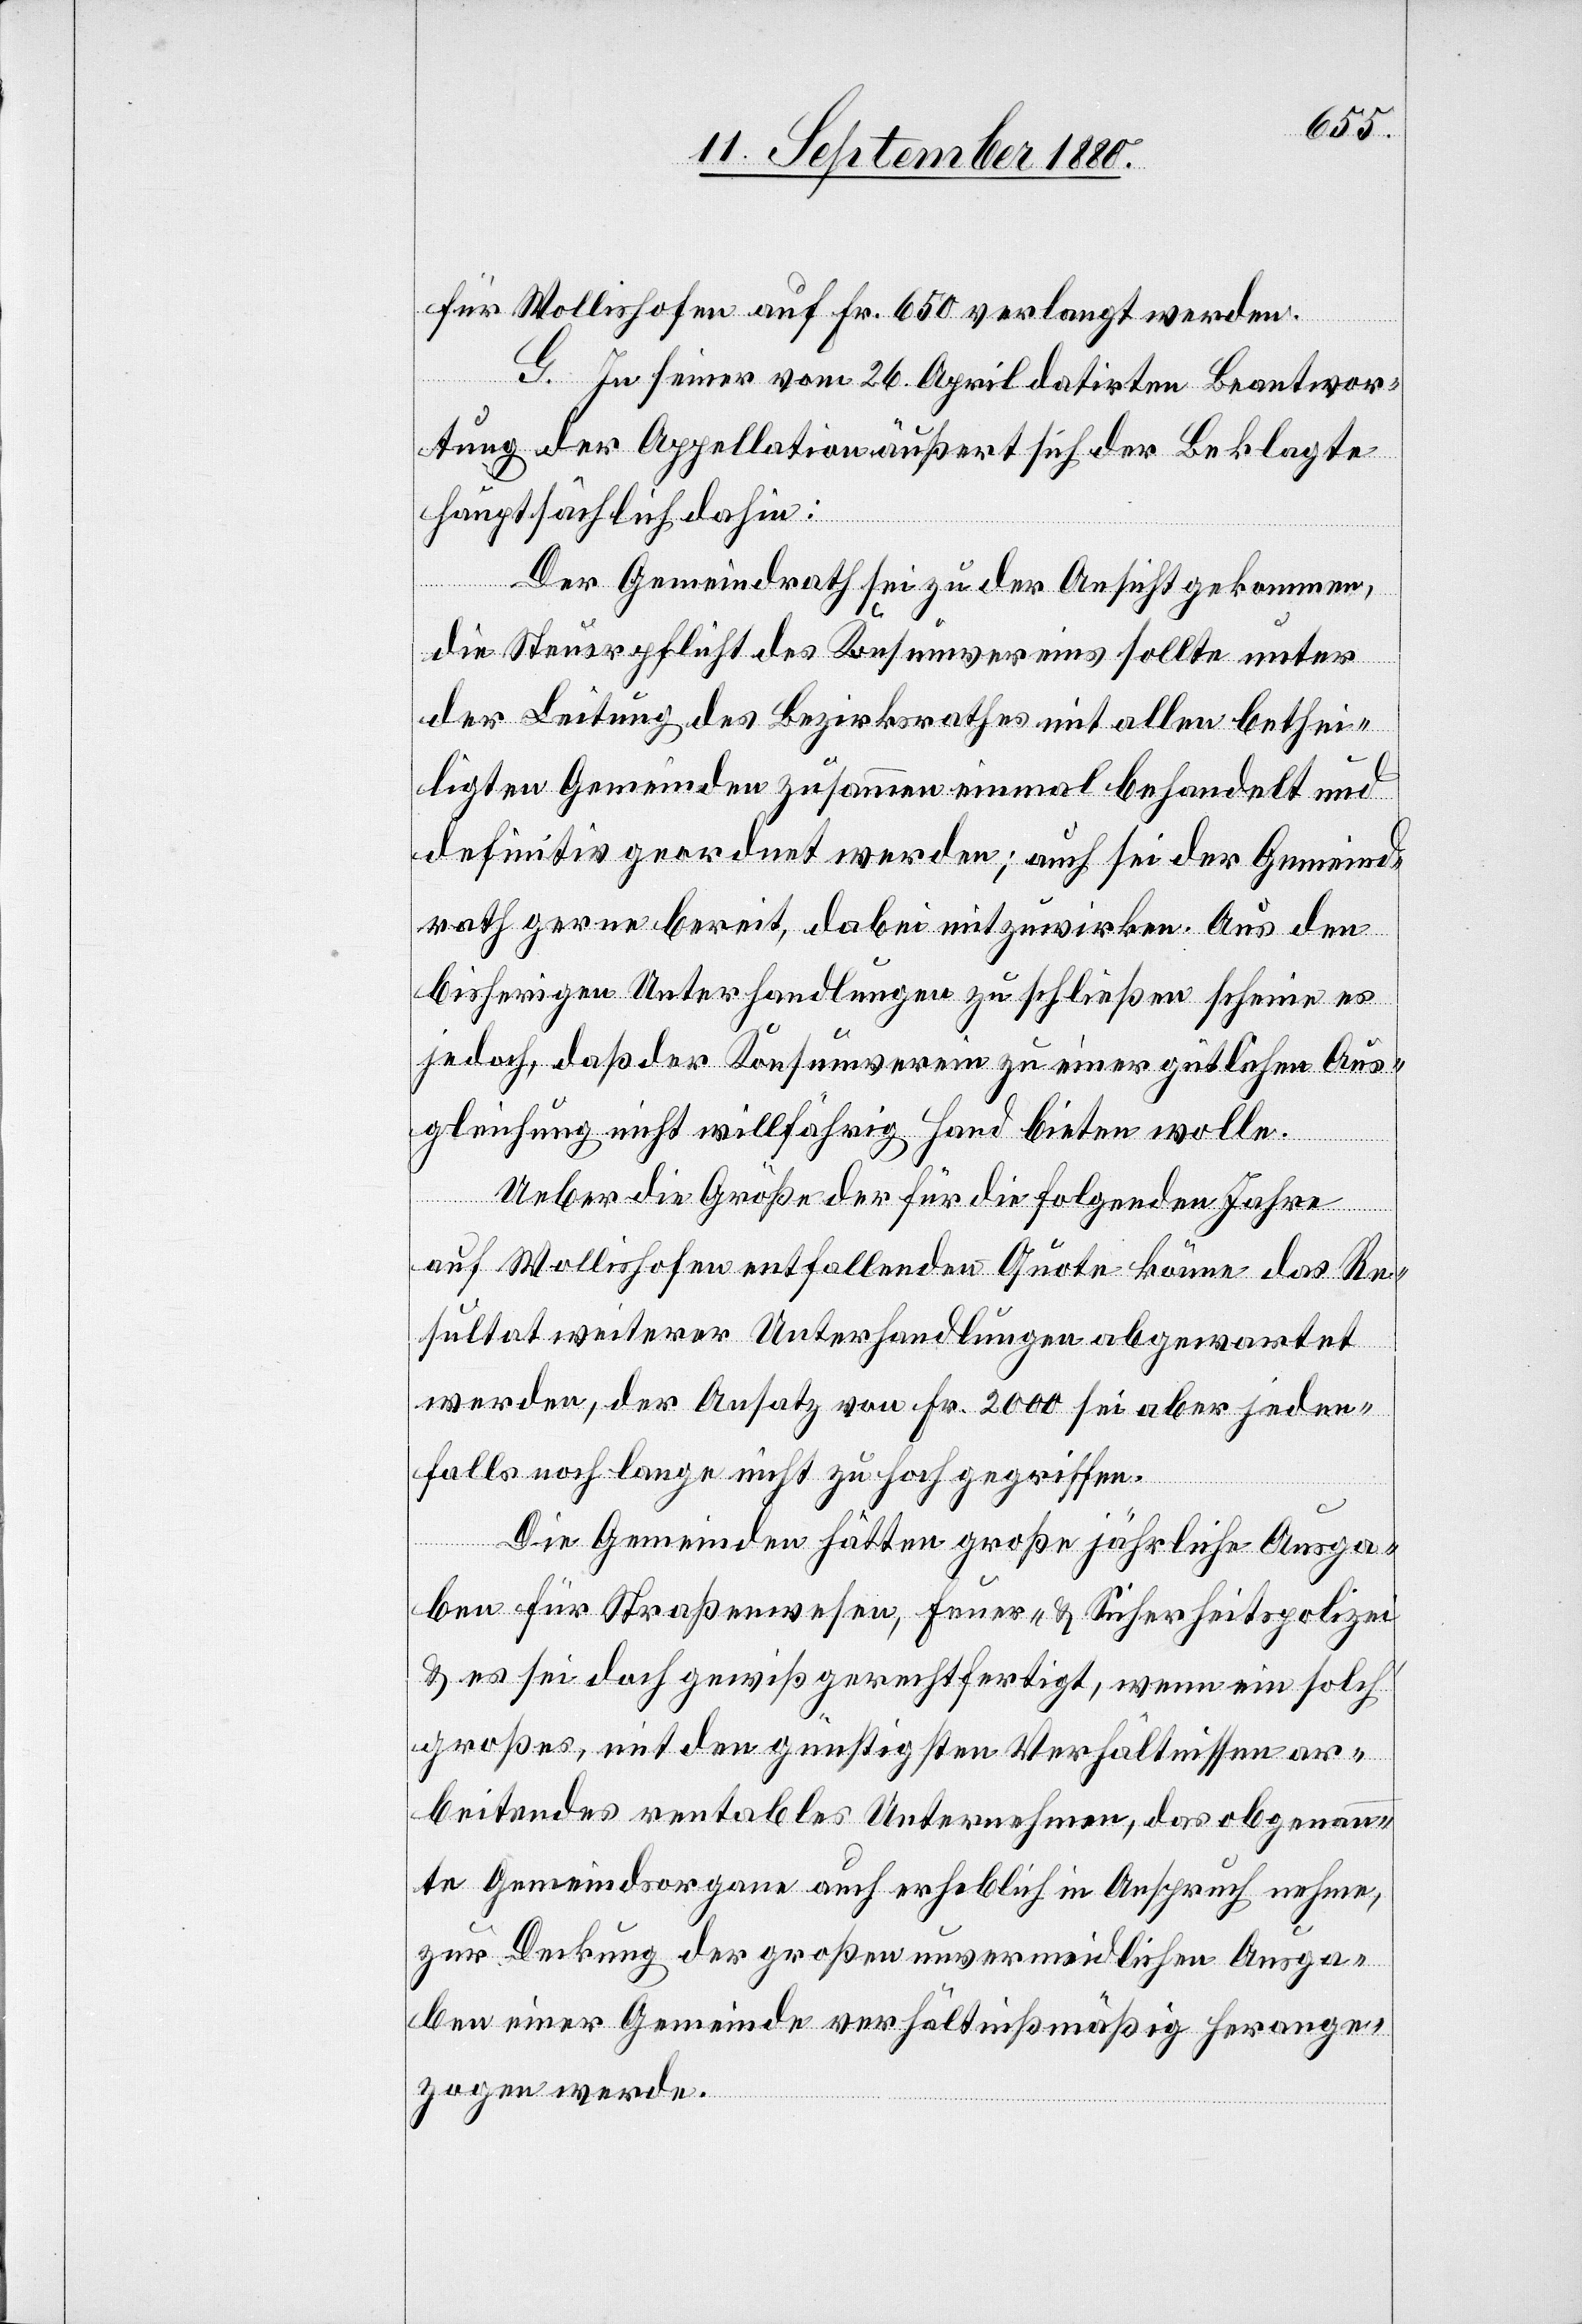
für Wollishofen auf Fr. 650 verlangt werden.
G. In seiner vom 26. April datirten Beantwor¬
tung der Appellation äußert sich der Beklagte
hauptsächlich dahin:
Der Gemeindrath sei zu der Ansicht gekommen,
die Steuerpflicht des Konsumvereins sollte unter
der Leitung des Bezirksrathes mit allen bethei¬
ligten Gemeinden zusammen einmal behandelt und
definitiv geordnet werden; auch sei der Gemeind¬
rath gerne bereit, dabei mitzuwirken. Aus den
bisherigen Unterhandlungen zu schließen scheine es
jedoch, daß der Konsumverein zu einer gütlichen Aus¬
gleichung nicht willfähig Hand bieten wolle.
Ueber die Größe der für die folgenden Jahre
auf Wollishofen entfallenden Quote könne das Re¬
sultat weiterer Unterhandlungen abgewartet
werden, der Ansatz von Fr. 2000 sei aber jeden¬
falls noch lange nicht zu hoch gegriffen.
Die Gemeinden hätten große jährliche Ausga¬
ben für Straßenwesen, Feuer- & Sicherheitspolizei
& es sei doch gewiß gerechtfertigt, wenn ein solch
großes, mit den günstigsten Verhältnissen ar¬
beitendes rentables Unternehmen, das obgenann¬
te Gemeindsorgane auch erheblich in Anspruch nehme,
zur Deckung der großen unvermeidlichen Ausga¬
ben einer Gemeinde verhältnißmäßig herange¬
zogen werde.